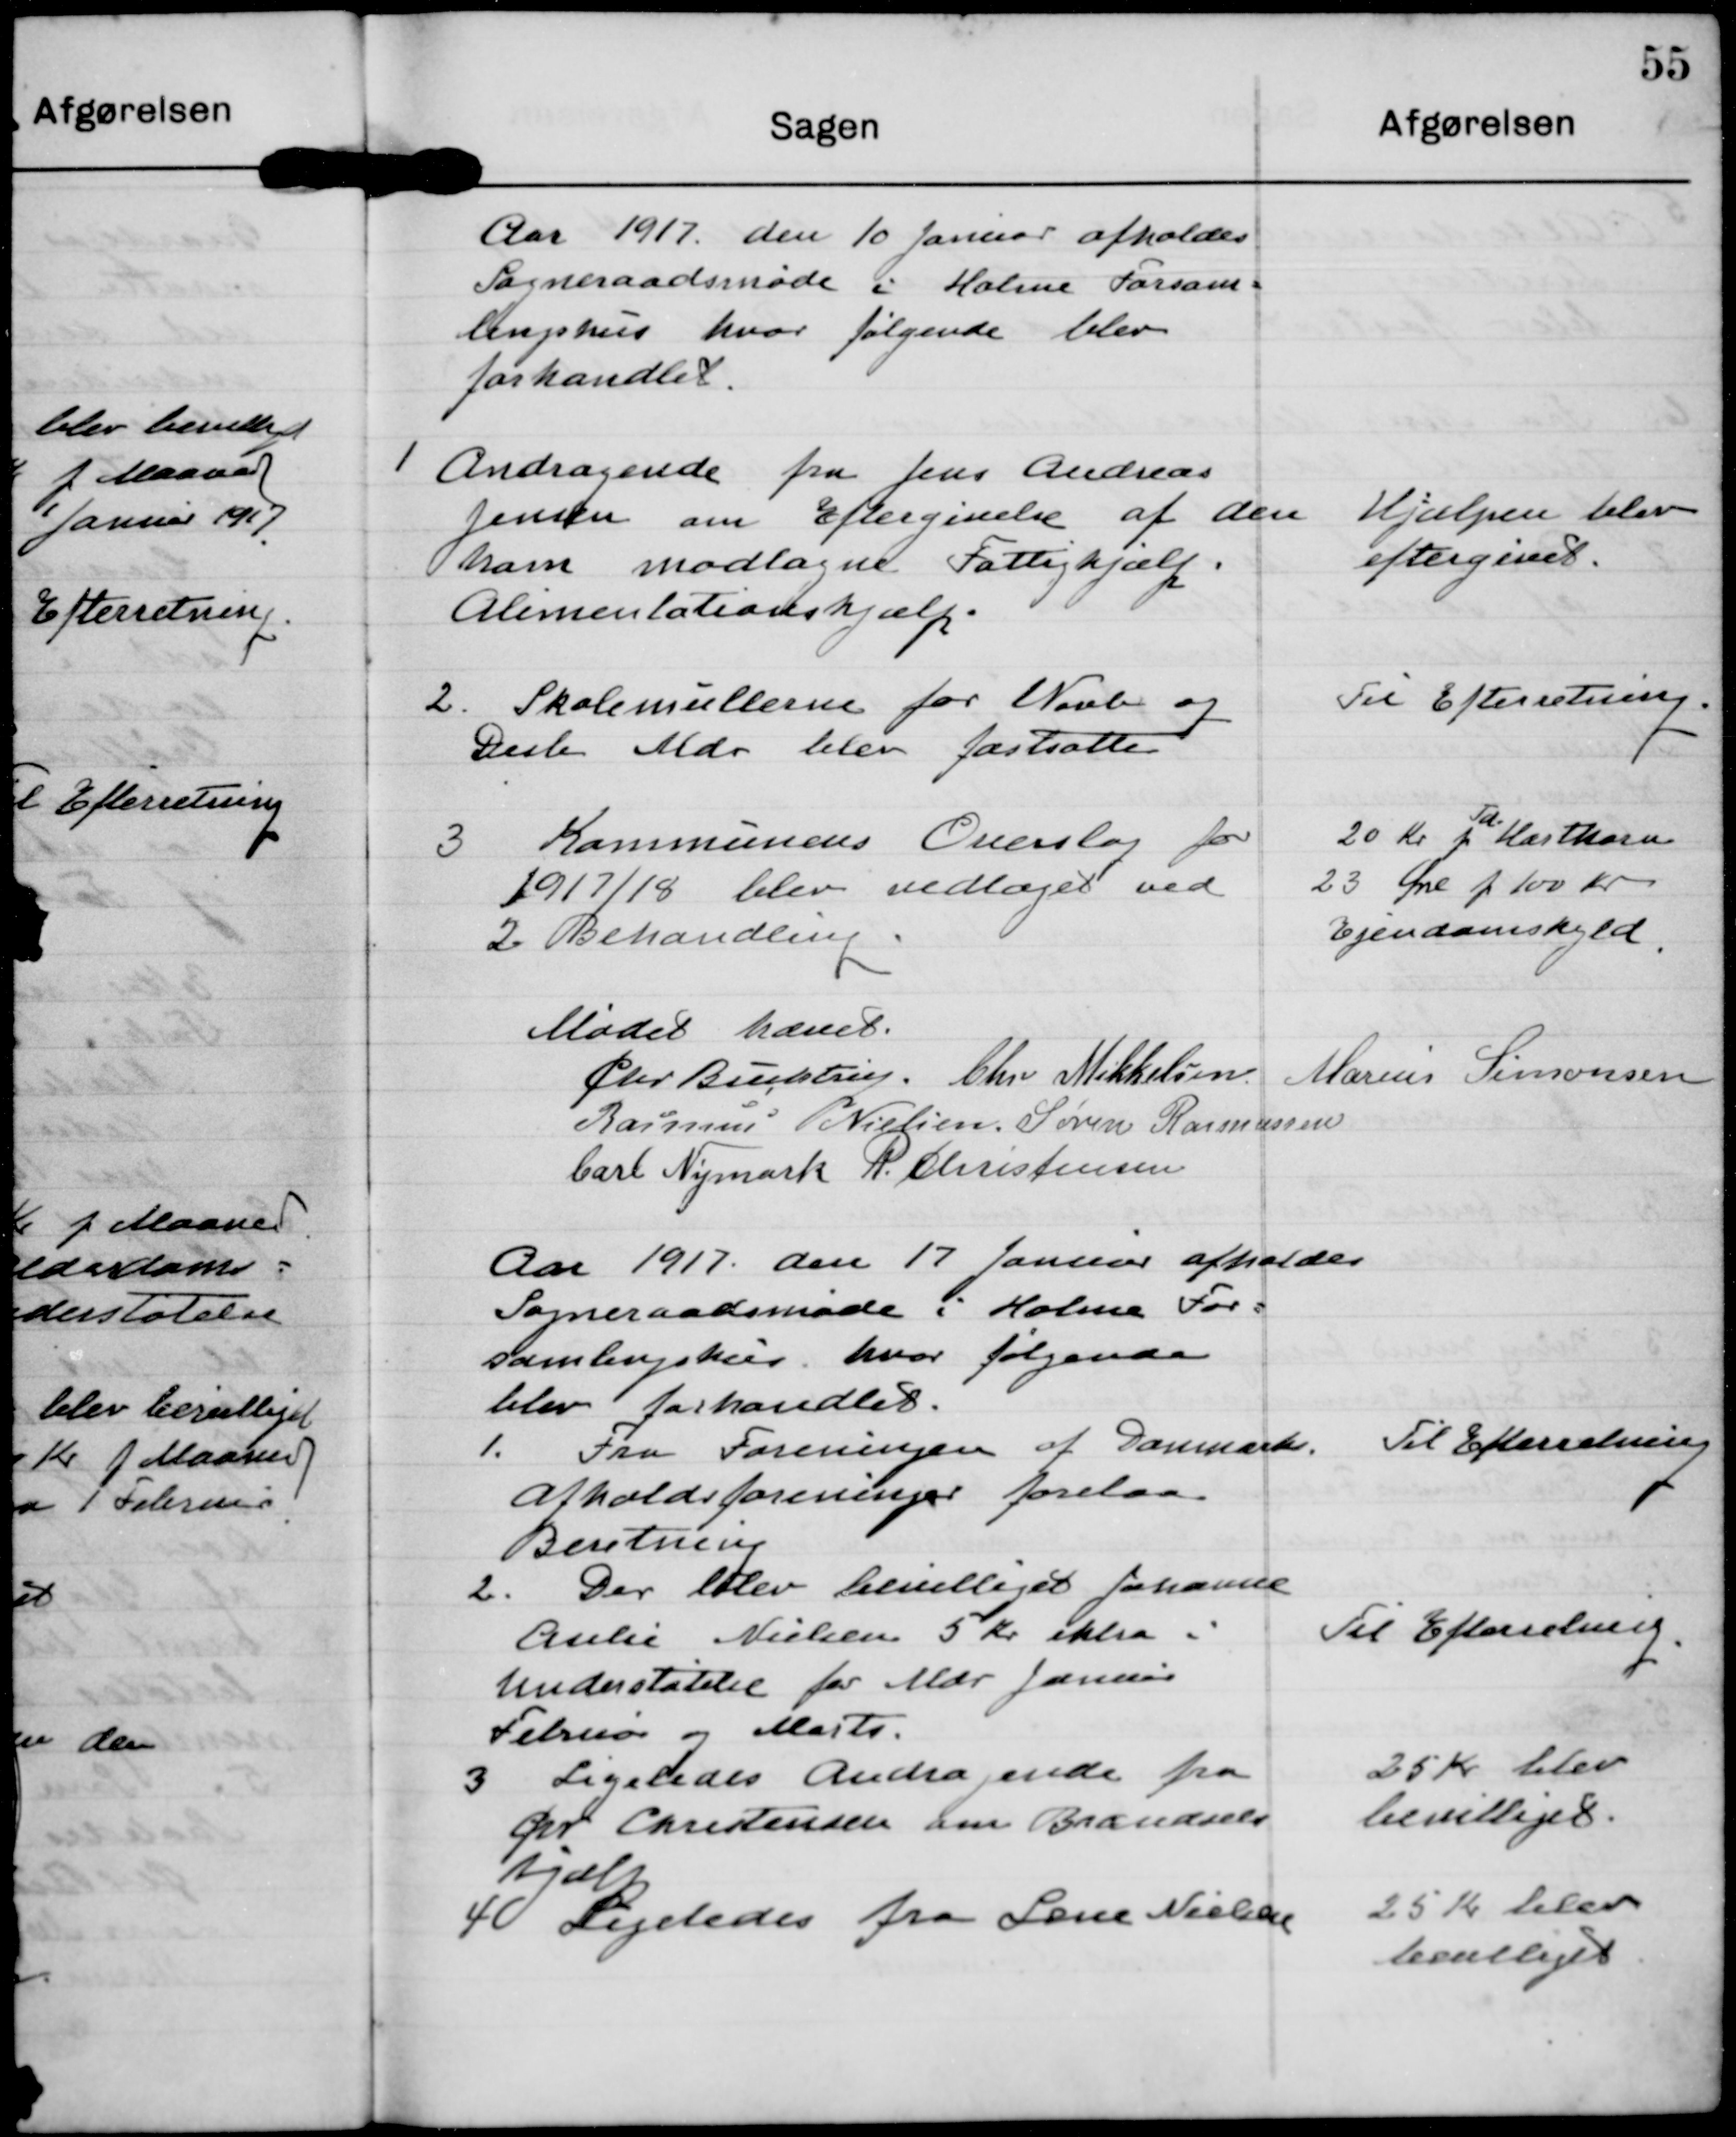
Transskription:
Aar 1917 den 10 Januar afholdes
Sogneraadsmøde i Holme Forsam-
lingshus hvor følgende blev
forhandlet

1 Andragende fra Jens Andreas
Jensen om Eftergivelse af den
ham modtagne Fattighjælp
Alimentationshjælp.

Hjælpen blev
eftergivet

2. Skolemullerne for 1 Novb og
Desb Mdr blev fastsatte

Til Efterretning

3 Kommunens Overslag for
1917/18 blev vedtaget ved
2 Behandling.

20 Kr p Td. Hartkorn
23 Øre p 100 Kr
Ejendomskyld

Mødet hævet

Chr Buchtrup

Chr Mikkelsen

Marius Simonsen

Rasmus Nielsen

Søren Rasmussen

Carl Nymark

R. Christensen

Aar 1917 den 17 Januar afholdes
Sogneraadsmøde i Holme For-
samlingshus hvor følgende
blev forhandlet.

1. Fra Foreningen af Danmarks
Afholdsforeninger forelaa
Beretning

Til Efterretning

2. Der blev bevilliget Johanne
Cesilie Nielsen 5 Kr ekstra i
Understøtelse for Mdr Januar
Februar og Marts

Til Efterretning

3 Ligeledes Andragende fra
Per Christensen om Brændsels-
hjælp

25 Kr blev
bevilliget

4 Ligeledes fra Lone Nielseen

25 Kr blev
bevilliget